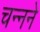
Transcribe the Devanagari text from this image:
चन्नने